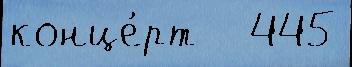
конце́рт   445